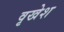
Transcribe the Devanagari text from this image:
वृखेश